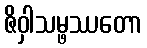
ဇိဝှါသမ္ဖဿတော